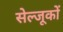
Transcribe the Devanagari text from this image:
सेल्जूकों